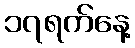
၁၇ရက်နေ့